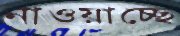
নাওয়াচ্ছে